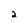
Character: 2